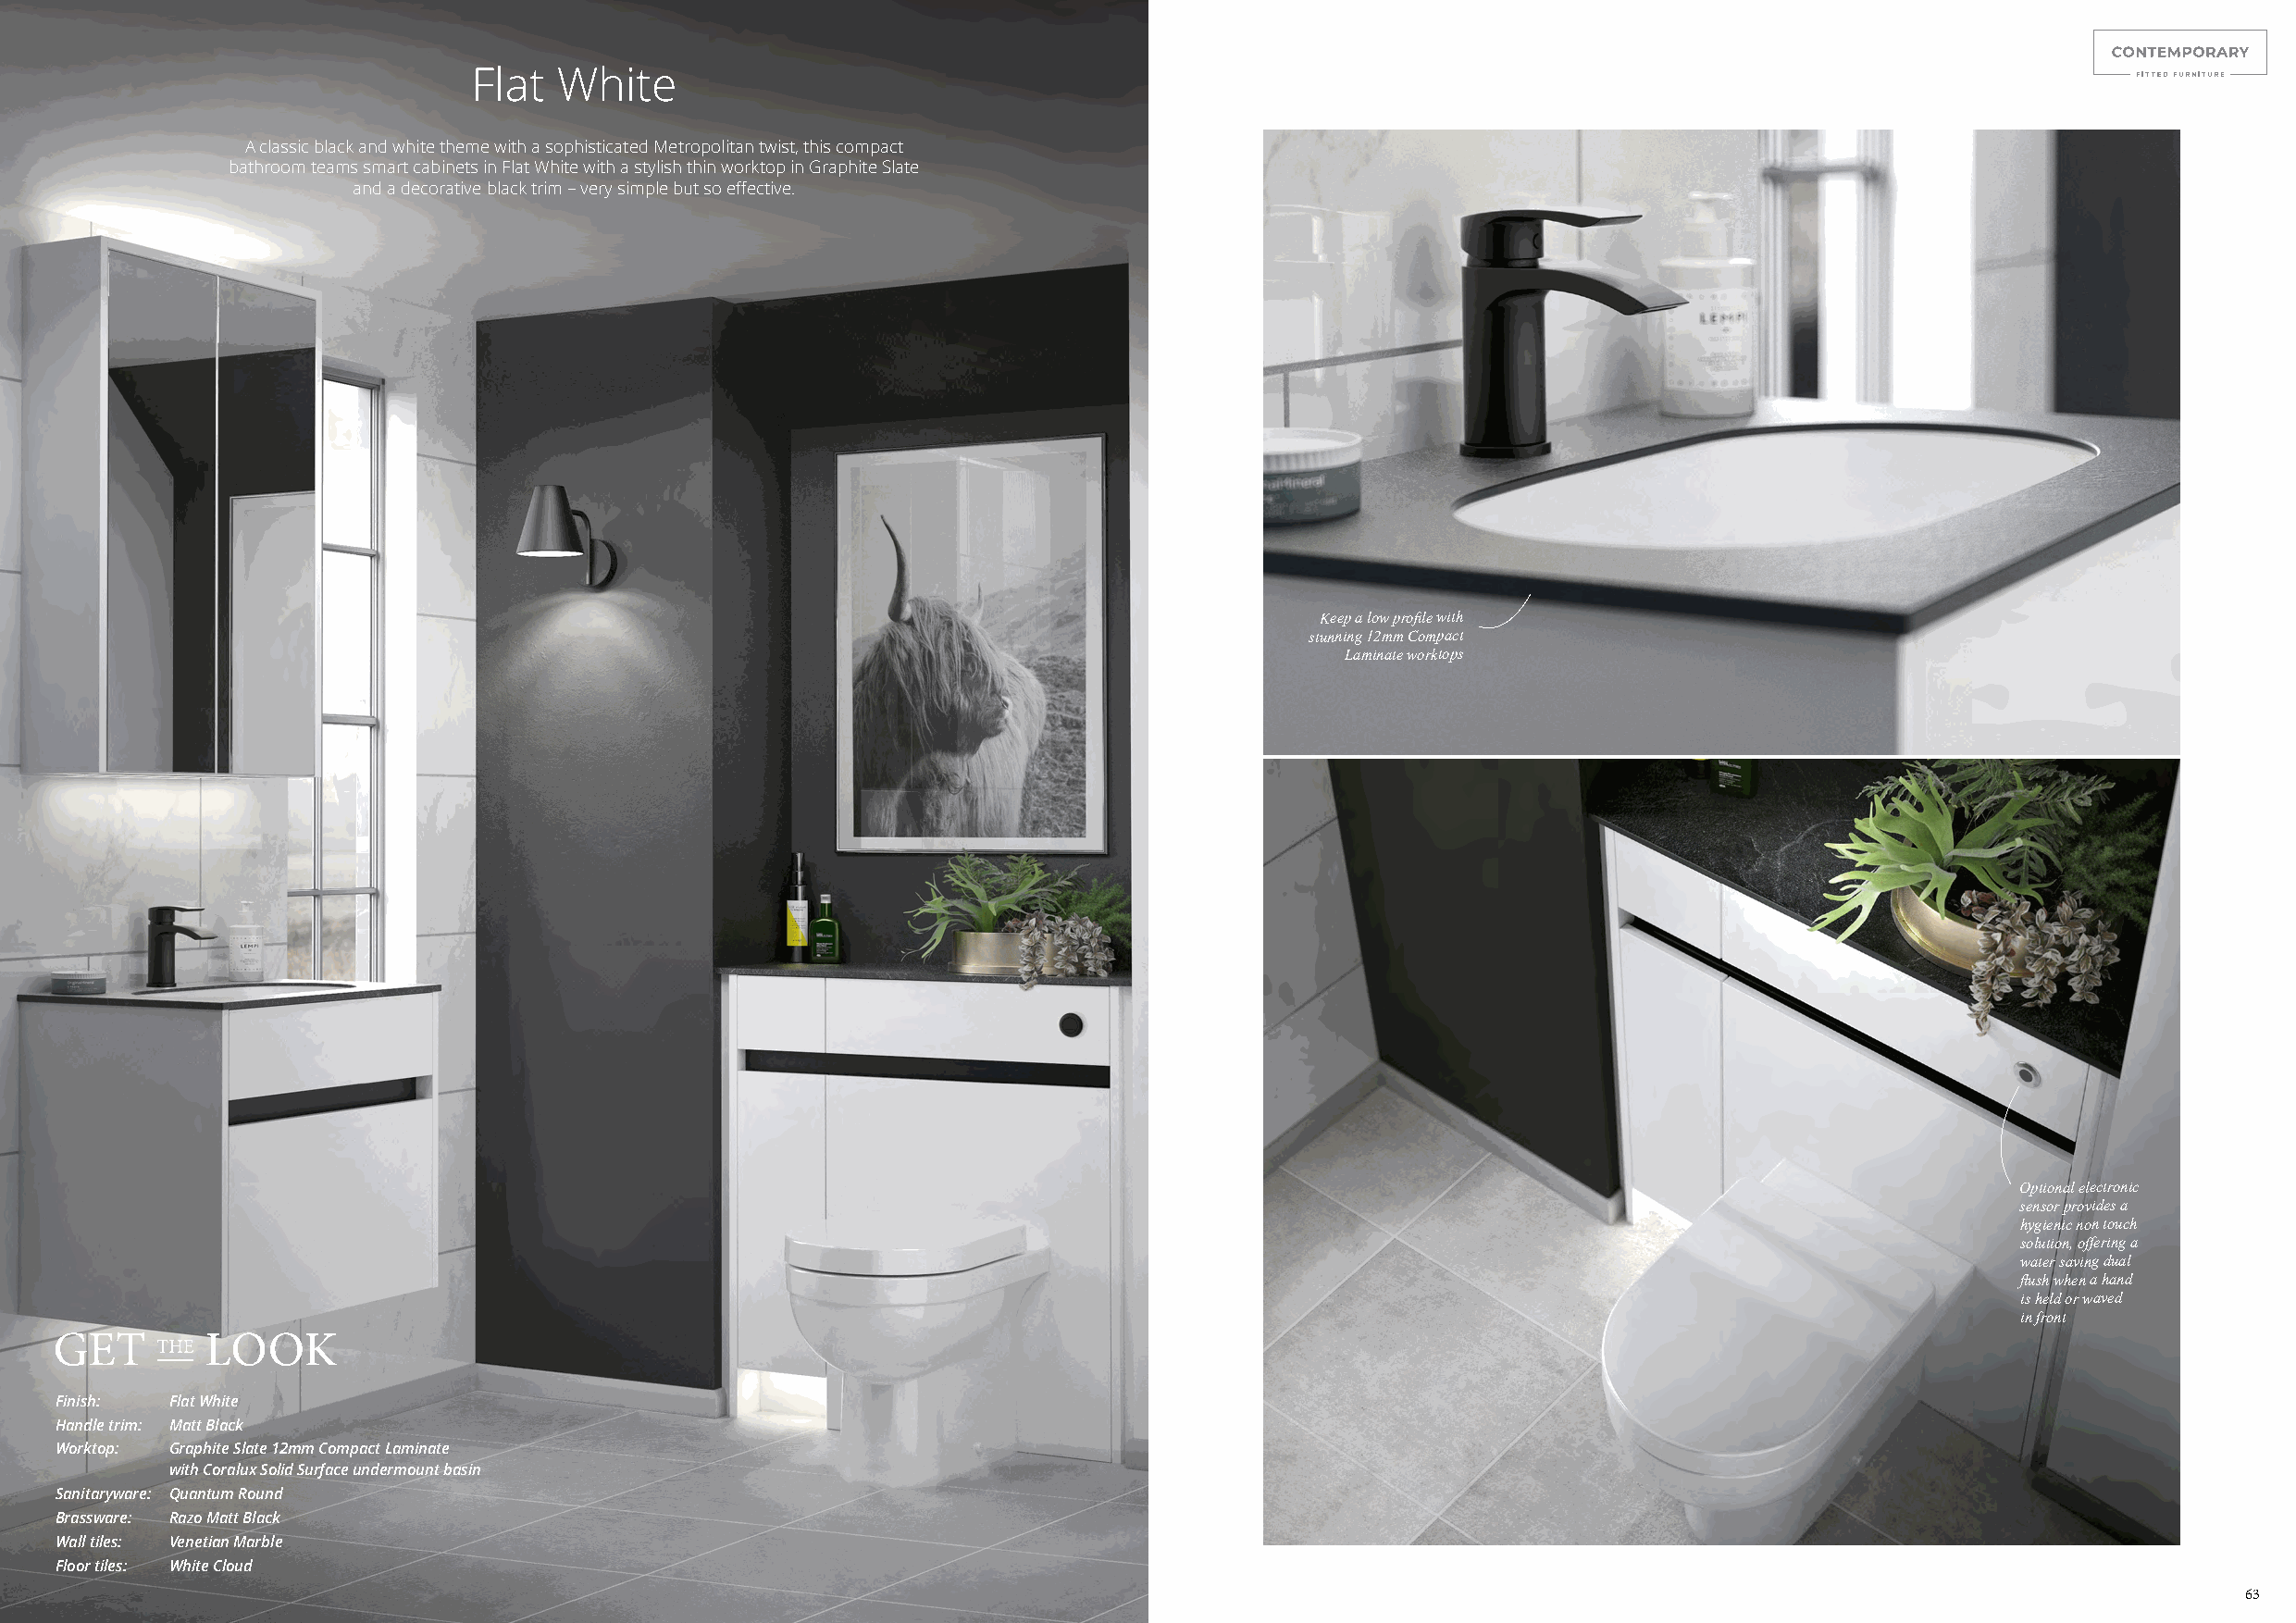
Flat  White
 A classic black and white theme with a sophisticated Metropolitan twist, this compact
 bathroom teams smart cabinets in Flat White with a stylish thin worktop in Graphite Slate
 and a decorative black trim – very simple but so effective.
 Keep a low profile with
 stunning 12mm Compact
 Laminate worktops
 Optional electronic
 sensor provides a
 hygienic non touch
 solution, offering a
 water saving dual
 flush when a hand
 is held or waved
 in front
 Finish: Flat White
 Handle trim: Matt Black
 Worktop: Graphite Slate 12mm Compact Laminate
 with Coralux Solid Surface undermount basin
 Sanitaryware: Quantum Round
 Brassware: Razo Matt Black
 Wall tiles: Venetian Marble
 Floor tiles: White Cloud
 63